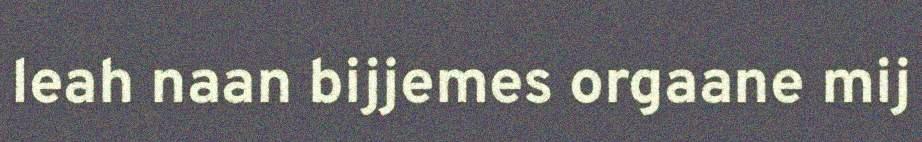
leah naan bijjemes orgaane mij